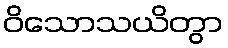
ဝိသောသယိတွာ